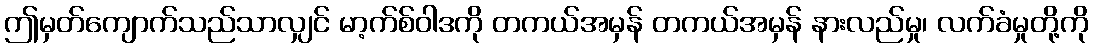
ဤမှတ်ကျောက်သည်သာလျှင် မာ့က်စ်ဝါဒကို တကယ်အမှန် တကယ်အမှန် နားလည်မှု၊ လက်ခံမှုတို့ကို